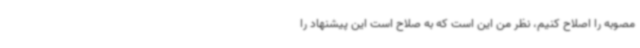
مصوبه را اصلاح کنیم، نظر من این است که به صلاح است این پیشنهاد را